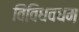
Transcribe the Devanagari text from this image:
विविधवधम्